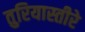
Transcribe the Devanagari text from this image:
तुरियास्तीरे